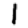
Digit: 1